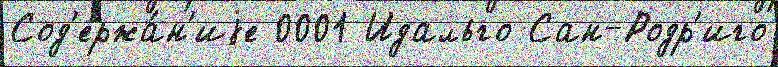
Сод'ержа́н'иjе 0001 Идальго Сан-Родр'иго